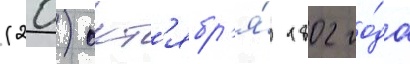
(20) окт'ябр'я́ 1802 го́да